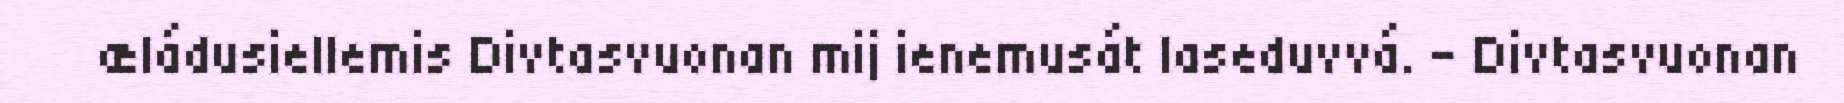
æládusiellemis Divtasvuonan mij ienemusát laseduvvá. - Divtasvuonan